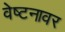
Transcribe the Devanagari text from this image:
वेष्टनावर